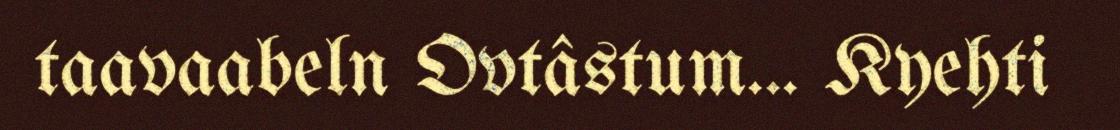
taavaabeln Ovtâstum... Kyehti